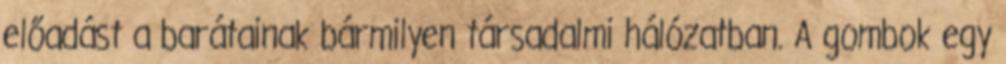
előadást a barátainak bármilyen társadalmi hálózatban. A gombok egy